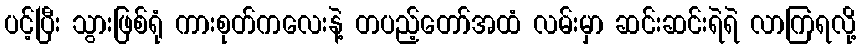
ပင့်ပြီး သွားဖြစ်ရုံ ကားစုတ်ကလေးနဲ့ တပည့်တော်အထံ လမ်းမှာ ဆင်းဆင်းရဲရဲ လာကြရလို့